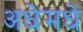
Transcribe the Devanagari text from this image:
अधेमधे